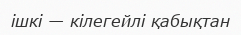
ішкі — кілегейлі қабықтан